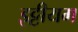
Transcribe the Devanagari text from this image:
इट्टीयम